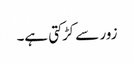
زور سے کڑکتی ہے۔